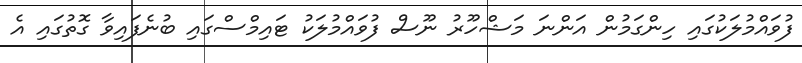
ފުވައްމުލަކުގައި ހިންގަމުން އަންނަ މަޝްހޫރު ނޫސް ފުވައްމުލަކު ޓައިމްސްގައި ބުނެފައިވާ ގޮތުގައި އެ